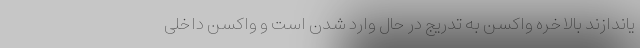
یاندازند بالاخره واکسن به تدریج در حال وارد شدن است و واکسن داخلی